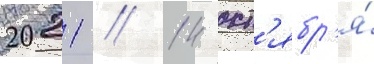
2021 // 14 окт'ябр'я́